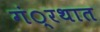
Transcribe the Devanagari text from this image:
गं्रथात